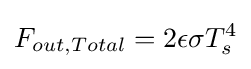
F_{out,Total}=2\epsilon \sigma T_{s}^{4}